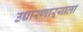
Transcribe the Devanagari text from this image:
उच्चारणाऱ्याला